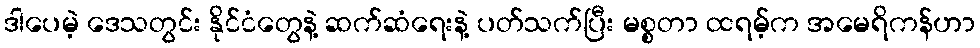
ဒါပေမဲ့ ဒေသတွင်း နိုင်ငံတွေနဲ့ ဆက်ဆံရေးနဲ့ ပတ်သက်ပြီး မစ္စတာ ထရမ့်က အမေရိကန်ဟာ